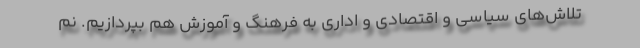
تلاش‌های سیاسی و اقتصادی و اداری به فرهنگ و آموزش هم بپردازیم. نم